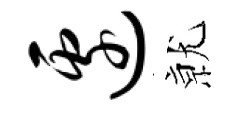
边𭕒